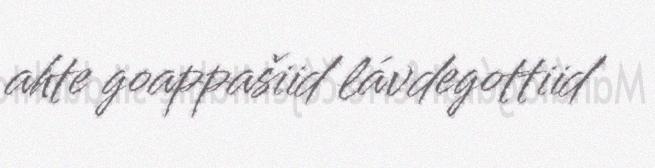
ahte goappašiid lávdegottiid